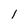
Character: l